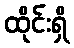
ထိုင်းရှိ